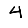
Digit: 4